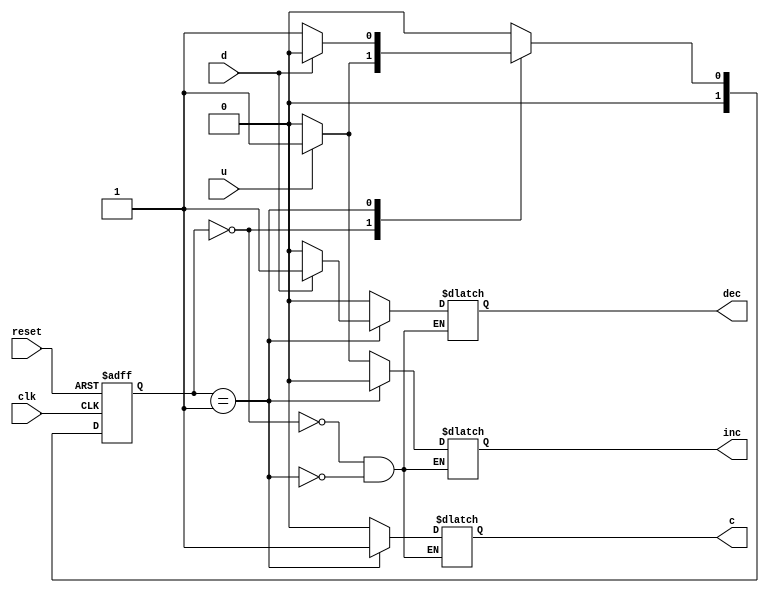

// An FSM has Moore and Mealy outputs. 

module inc_fsm  
	#(parameter S0 = 1'b0, S1 = 1'b1)
	(input u, d, reset, clk, 
	 output reg inc, dec, c);

	reg  [1:0] current_state;
	reg  [1:0] nextstate;
	
	always @(posedge clk, posedge reset)
		if (reset) current_state <= S0;
		else       current_state <= nextstate;
		
	always @(*)
		case (current_state)
			S0:begin
					c = 0;	
					if (u) begin
								inc = 1; 
								dec = 0;
								nextstate = S1;
							 end
					else   begin
								inc = 0; 
								dec = 0;
								nextstate = S0;
							 end
				end
					
			S1:begin
					c = 1;	
					if (d) begin
								inc = 0; 
								dec = 1;
								nextstate = S0;
							 end
					else   begin
								inc = 0; 
								dec = 0;
								nextstate = S1;
							 end
				end
			default: nextstate = S0;
		endcase
endmodule